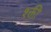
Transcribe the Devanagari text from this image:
श्क्ती